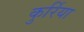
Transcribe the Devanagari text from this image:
कुर्रिया